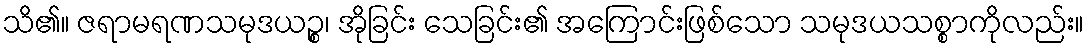
သိ၏။ ဇရာမရဏသမုဒယဉ္စ၊ အိုခြင်း သေခြင်း၏ အကြောင်းဖြစ်သော သမုဒယသစ္စာကိုလည်း။